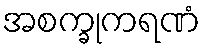
အစက္ခုကရဏံ